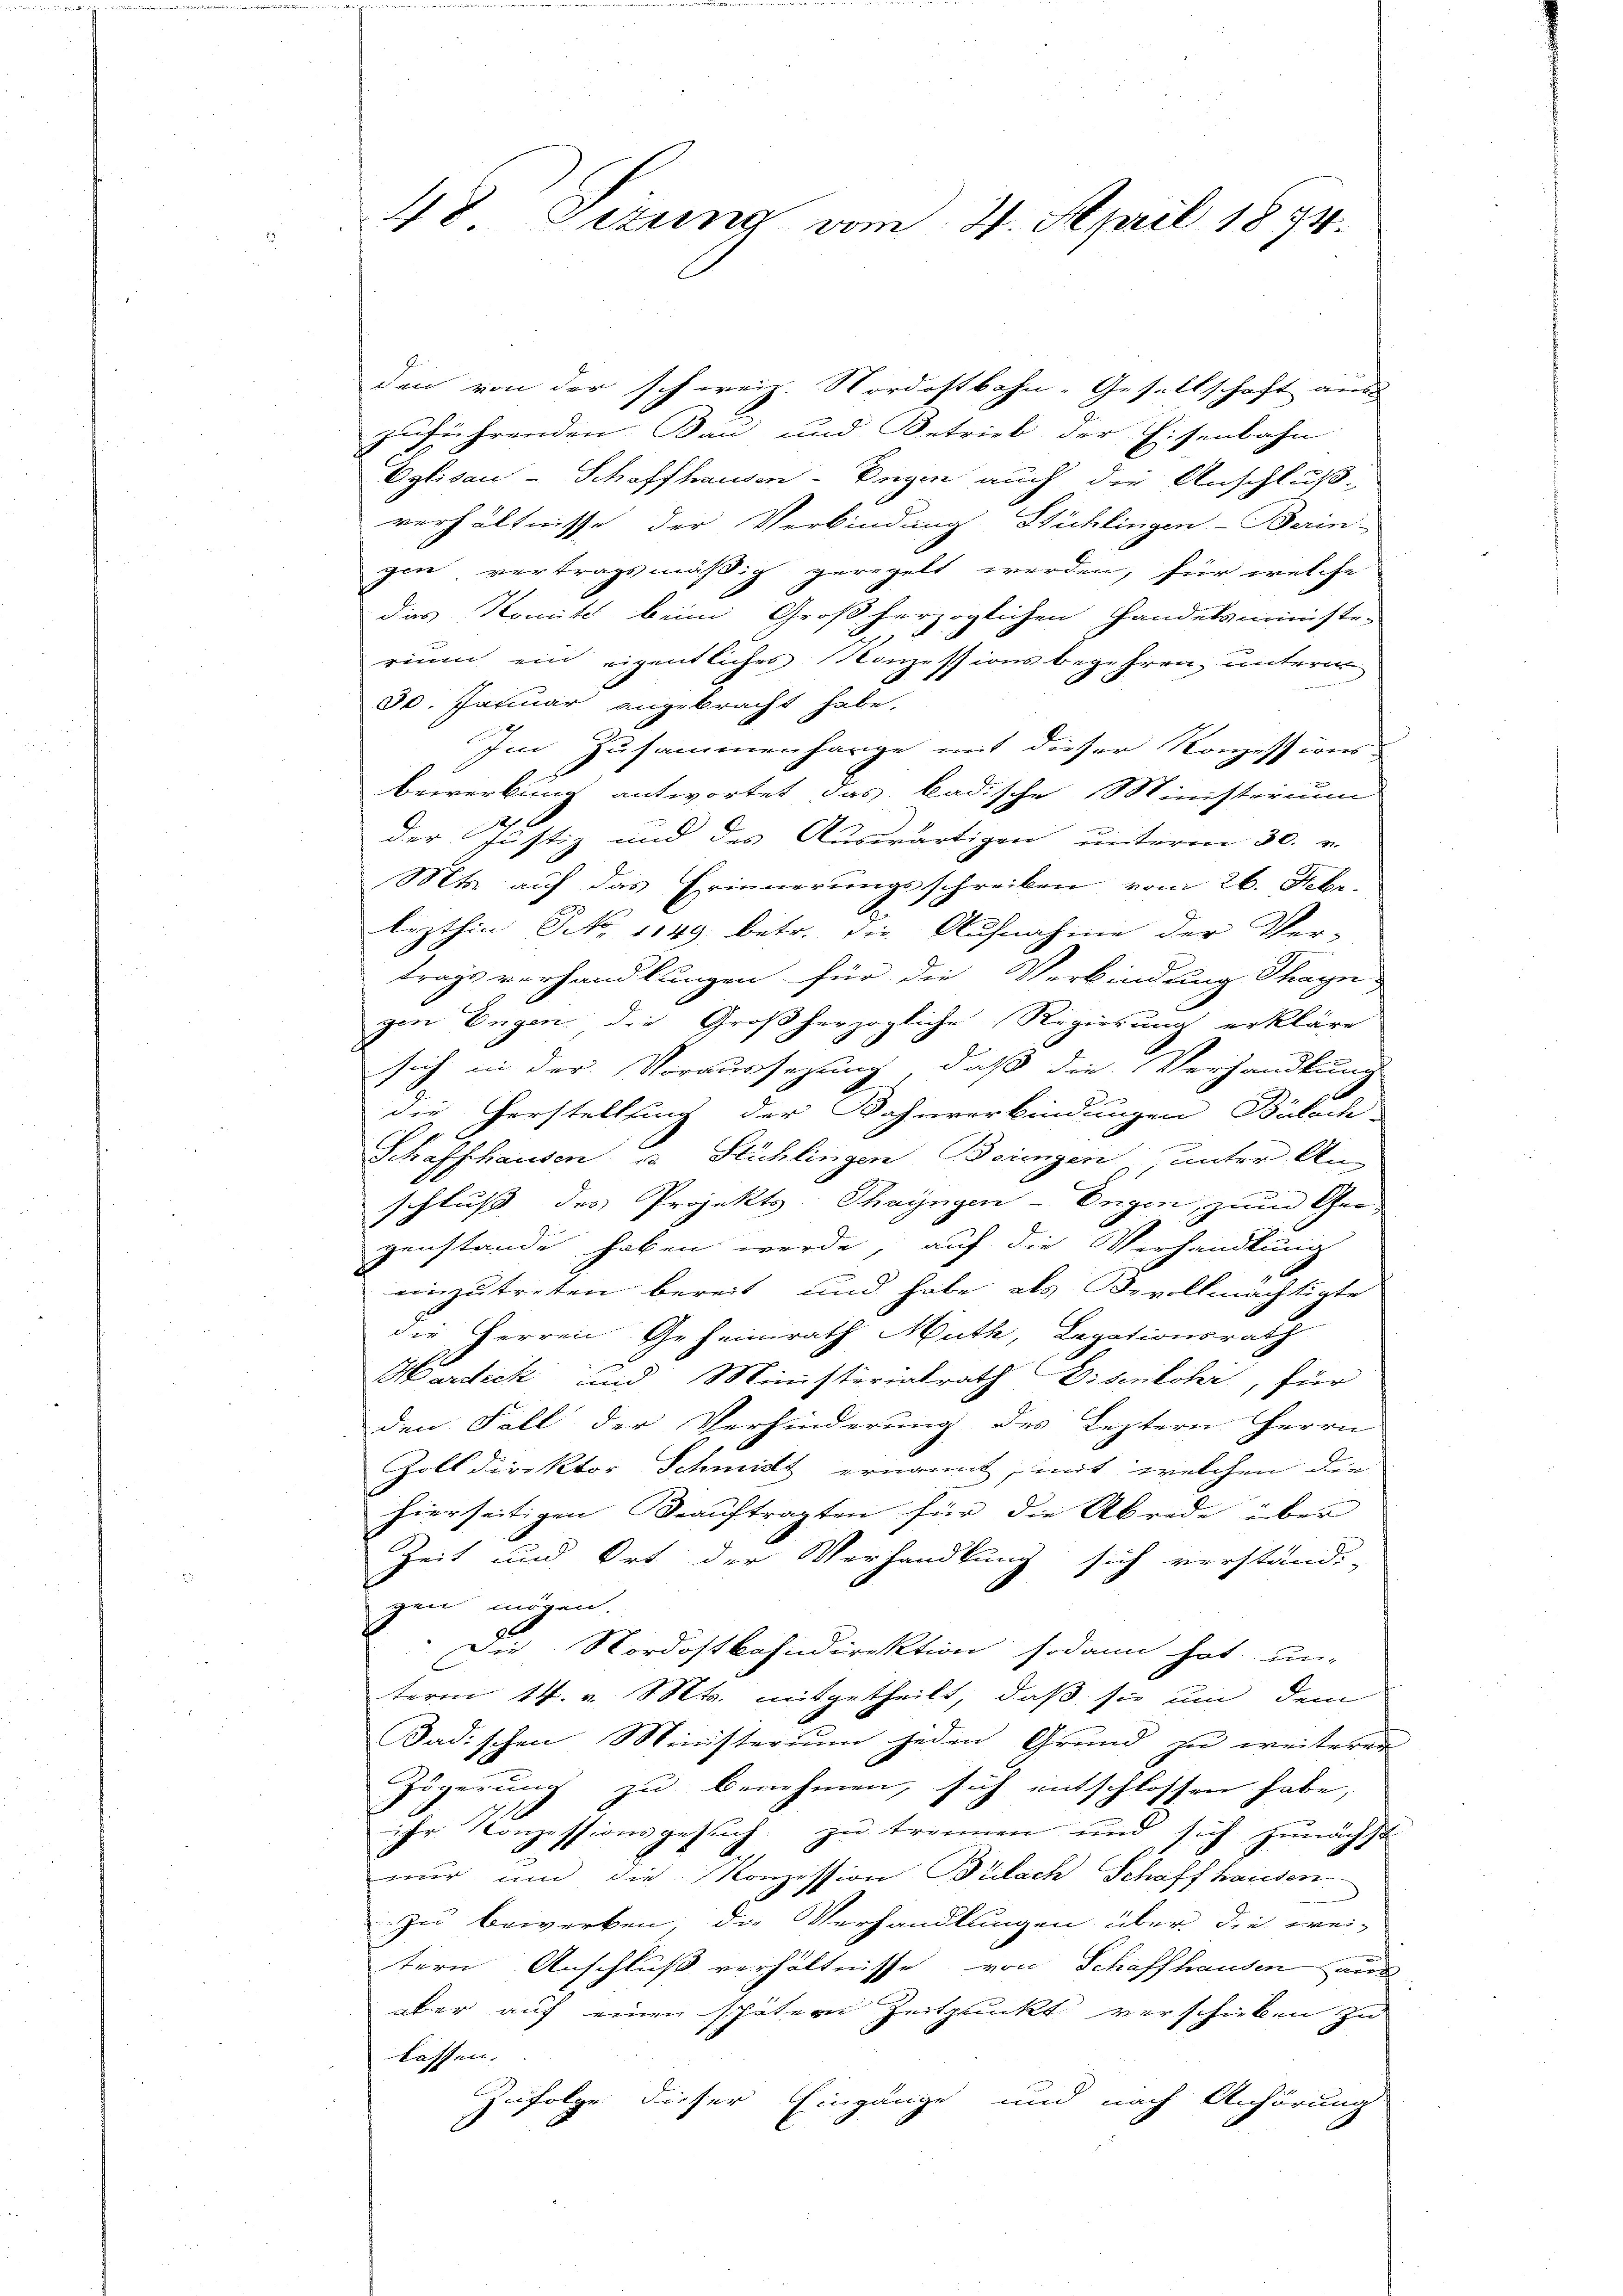
48. Sitzung vom 2. April 1874.

den von der schweiz. Nordostbahn-Gesellschaft aus |
zuführenden Bau und Betrieb der Eisenbahn
Eglisau-Schaffhausen-Regen auch die Anschluß-
verhältnisse der Verbindung Stühlingen-Berin-
gen vertragsmäßig geregelt werden, für welche
das Komite beim Großherzoglichen Handelsministi-
rium ein eigentliches Konzessionsbegehren unterm

30. Januar angebracht habe.
Im Zusammenharge mit dieser Konzessions-
bewerkung antwortet das badische Ministerium
der Justiz und des Auswärtigen unterm 30. v.
Mts. auf das Erinnerungsschreiben vom 26. Febr.
lezthin No 1149 betr. die Aufnahme der Ver-
trags verhandlungen für die Verbindung Thage
gen Eugen, die Großherzogliche Regierung erkläre
sich in der Voraussezung, daß die Verhandlung
die Gerstellung der Bahnverbindungen Bülach
Schaffhausen u. Stühlingen Beigen unter An-
schluß des Projekts Thayngen - Eugen, zum Ge-
genstande haben werde, auf die Verhandlung
einzutreten bereit und habe als Bevollmächtigte
die Herren Geheimrath Muth, Legationsrath
Martick und Ministerialrath Disenkohr, für
den Fall der Verhinderung des Leztern Herrn
Zolldirektor Schmitt ernannt, mit, welchen die
hierseitigen Beauftragten für die Abrede über
Zeit und Ort der Verhandlung sich verständ-
gen mögen.
p.
Die Nordostbahndirektion sodann hat un-
term 14. v. Mts. mitgetheilt, daß sie um dem
Badischen Ministerium jeden Grund zu weiteren
Zögerung zu benehmen, sich entschlossen habe,
ihr Konzessionsgesuch zu trennen und sich zunächst
nur um die Konzession Bülach Schaffhausen
zu bewerken, die Verhandlungen über die wei-
tern Anschluß verhältnisse von Schaffhausen aus
aber auf einen spätern Zeitpluckt verschicken zu
lassen.
Zufolge dieser Eingänge und nach Anhörung